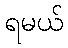
ရမယ်